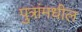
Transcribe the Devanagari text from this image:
पुत्रांमधील